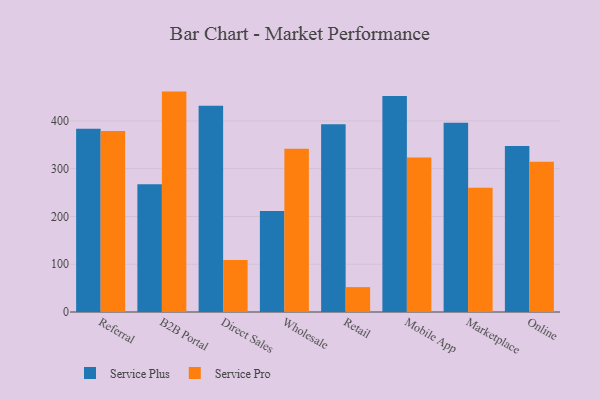
{"axis": {"x": "Channel", "y": "Headcount"}, "legend": ["Service Plus", "Service Pro"], "data": [{"x": "Referral", "y": 383.7, "type": "Service Plus"}, {"x": "Referral", "y": 379.0, "type": "Service Pro"}, {"x": "B2B Portal", "y": 267.5, "type": "Service Plus"}, {"x": "B2B Portal", "y": 461.4, "type": "Service Pro"}, {"x": "Direct Sales", "y": 432.0, "type": "Service Plus"}, {"x": "Direct Sales", "y": 109.1, "type": "Service Pro"}, {"x": "Wholesale", "y": 211.4, "type": "Service Plus"}, {"x": "Wholesale", "y": 341.9, "type": "Service Pro"}, {"x": "Retail", "y": 393.2, "type": "Service Plus"}, {"x": "Retail", "y": 52.1, "type": "Service Pro"}, {"x": "Mobile App", "y": 452.2, "type": "Service Plus"}, {"x": "Mobile App", "y": 323.4, "type": "Service Pro"}, {"x": "Marketplace", "y": 396.0, "type": "Service Plus"}, {"x": "Marketplace", "y": 260.2, "type": "Service Pro"}, {"x": "Online", "y": 347.6, "type": "Service Plus"}, {"x": "Online", "y": 314.8, "type": "Service Pro"}]}